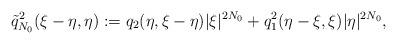
LaTeX: \begin{align*}\tilde{q}^2_{N_0}(\xi-\eta,\eta) := q_2(\eta, \xi-\eta)|\xi|^{2N_0} + q_1^2(\eta-\xi, \xi)|\eta|^{2N_0},\end{align*}